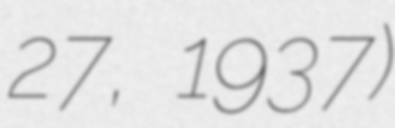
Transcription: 27, 1937)